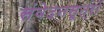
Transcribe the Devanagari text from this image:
संवेदनसूत्रों